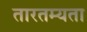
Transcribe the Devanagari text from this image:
तारतम्‍यता